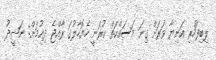
ލިބިފަހުރި އަނިޔާ ވަރަށް ގިނަ މަސައްކަތް ކުރަނީ ހެޔޮހާލުގަ ރާއްޖެ ދިއުމަށް: ނަޝީދު